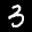
Label: 3